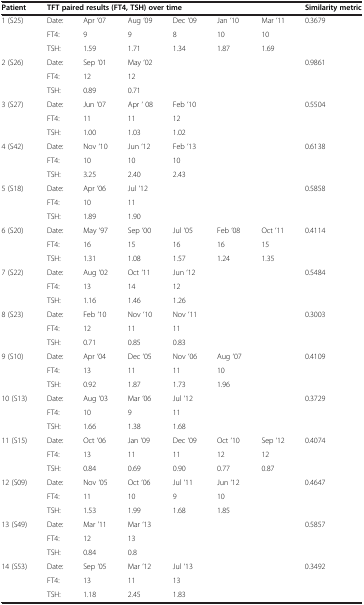
<table><thead><tr><td><b>Patient</b></td><td colspan="6"><b>TFT paired results (FT4, TSH) over time</b></td><td><b>Similarity metric</b></td></tr></thead><tbody><tr><td rowspan="3">1 (S25)</td><td>Date:</td><td>Apr ‘07</td><td>Aug ‘09</td><td>Dec ‘09</td><td>Jan ‘10</td><td>Mar ‘11</td><td>0.3679</td></tr><tr><td>FT4:</td><td>9</td><td>9</td><td>8</td><td>10</td><td>10</td><td> </td></tr><tr><td>TSH:</td><td>1.59</td><td>1.71</td><td>1.34</td><td>1.87</td><td>1.69</td><td> </td></tr><tr><td rowspan="3">2 (S26)</td><td>Date:</td><td>Sep ‘01</td><td>May ‘02</td><td> </td><td> </td><td> </td><td>0.9861</td></tr><tr><td>FT4:</td><td>12</td><td>12</td><td> </td><td> </td><td> </td><td> </td></tr><tr><td>TSH:</td><td>0.89</td><td>0.71</td><td> </td><td> </td><td> </td><td> </td></tr><tr><td rowspan="3">3 (S27)</td><td>Date:</td><td>Jun ‘07</td><td>Apr ‘ 08</td><td>Feb ‘10</td><td> </td><td> </td><td>0.5504</td></tr><tr><td>FT4:</td><td>11</td><td>11</td><td>12</td><td> </td><td> </td><td> </td></tr><tr><td>TSH:</td><td>1.00</td><td>1.03</td><td>1.02</td><td> </td><td> </td><td> </td></tr><tr><td rowspan="3">4 (S42)</td><td>Date:</td><td>Nov ‘10</td><td>Jun ‘12</td><td>Feb ‘13</td><td> </td><td> </td><td>0.6138</td></tr><tr><td>FT4:</td><td>10</td><td>10</td><td>10</td><td> </td><td> </td><td> </td></tr><tr><td>TSH:</td><td>3.25</td><td>2.40</td><td>2.43</td><td> </td><td> </td><td> </td></tr><tr><td rowspan="3">5 (S18)</td><td>Date:</td><td>Apr ‘06</td><td>Jul ‘12</td><td> </td><td> </td><td> </td><td>0.5858</td></tr><tr><td>FT4:</td><td>10</td><td>11</td><td> </td><td> </td><td> </td><td> </td></tr><tr><td>TSH:</td><td>1.89</td><td>1.90</td><td> </td><td> </td><td> </td><td> </td></tr><tr><td rowspan="3">6 (S20)</td><td>Date:</td><td>May ‘97</td><td>Sep ‘00</td><td>Jul ‘05</td><td>Feb ‘08</td><td>Oct ‘11</td><td>0.4114</td></tr><tr><td>FT4:</td><td>16</td><td>15</td><td>16</td><td>16</td><td>15</td><td> </td></tr><tr><td>TSH:</td><td>1.31</td><td>1.08</td><td>1.57</td><td>1.24</td><td>1.35</td><td> </td></tr><tr><td rowspan="3">7 (S22)</td><td>Date:</td><td>Aug ‘02</td><td>Oct ‘11</td><td>Jun ‘12</td><td> </td><td> </td><td>0.5484</td></tr><tr><td>FT4:</td><td>13</td><td>14</td><td>12</td><td> </td><td> </td><td> </td></tr><tr><td>TSH:</td><td>1.16</td><td>1.46</td><td>1.26</td><td> </td><td> </td><td> </td></tr><tr><td rowspan="3">8 (S23)</td><td>Date:</td><td>Feb ‘10</td><td>Nov ‘10</td><td>Nov ‘11</td><td> </td><td> </td><td>0.3003</td></tr><tr><td>FT4:</td><td>12</td><td>11</td><td>11</td><td> </td><td> </td><td> </td></tr><tr><td>TSH:</td><td>0.71</td><td>0.85</td><td>0.83</td><td> </td><td> </td><td> </td></tr><tr><td rowspan="3">9 (S10)</td><td>Date:</td><td>Apr ‘04</td><td>Dec ‘05</td><td>Nov ‘06</td><td>Aug ‘07</td><td> </td><td>0.4109</td></tr><tr><td>FT4:</td><td>13</td><td>11</td><td>11</td><td>10</td><td> </td><td> </td></tr><tr><td>TSH:</td><td>0.92</td><td>1.87</td><td>1.73</td><td>1.96</td><td> </td><td> </td></tr><tr><td rowspan="3">10 (S13)</td><td>Date:</td><td>Aug ‘03</td><td>Mar ‘06</td><td>Jul ‘12</td><td> </td><td> </td><td>0.3729</td></tr><tr><td>FT4:</td><td>10</td><td>9</td><td>11</td><td> </td><td> </td><td> </td></tr><tr><td>TSH:</td><td>1.66</td><td>1.38</td><td>1.68</td><td> </td><td> </td><td> </td></tr><tr><td rowspan="3">11 (S15)</td><td>Date:</td><td>Oct ‘06</td><td>Jan ‘09</td><td>Dec ‘09</td><td>Oct ‘10</td><td>Sep ‘12</td><td>0.4074</td></tr><tr><td>FT4:</td><td>13</td><td>11</td><td>11</td><td>12</td><td>12</td><td> </td></tr><tr><td>TSH:</td><td>0.84</td><td>0.69</td><td>0.90</td><td>0.77</td><td>0.87</td><td> </td></tr><tr><td rowspan="3">12 (S09)</td><td>Date:</td><td>Nov ‘05</td><td>Oct ‘06</td><td>Jul ‘11</td><td>Jun ‘12</td><td> </td><td>0.4647</td></tr><tr><td>FT4:</td><td>11</td><td>10</td><td>9</td><td>10</td><td> </td><td> </td></tr><tr><td>TSH:</td><td>1.53</td><td>1.99</td><td>1.68</td><td>1.85</td><td> </td><td> </td></tr><tr><td rowspan="3">13 (S49)</td><td>Date:</td><td>Mar ’11</td><td>Mar ‘13</td><td> </td><td> </td><td> </td><td>0.5857</td></tr><tr><td>FT4:</td><td>12</td><td>13</td><td> </td><td> </td><td> </td><td> </td></tr><tr><td>TSH:</td><td>0.84</td><td>0.8</td><td> </td><td> </td><td> </td><td> </td></tr><tr><td rowspan="2">14 (S53)</td><td>Date:</td><td>Sep ’05</td><td>Mar ’12</td><td>Jul ‘13</td><td> </td><td> </td><td>0.3492</td></tr><tr><td>FT4:</td><td>13</td><td>11</td><td>13</td><td> </td><td> </td><td> </td></tr><tr><td> </td><td>TSH:</td><td>1.18</td><td>2.45</td><td>1.83</td><td> </td><td> </td><td> </td></tr></tbody></table>